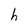
Character: h